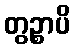
တွဉ္စာပိ